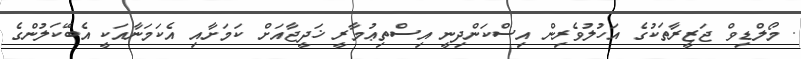
. މޯލްޑިވް ޖަޒީރާތަކުގެ އަހުލުވެރިން އިސްކަންދިނީ އިސްތިޢުމާރީ ޚަދީޖާއަށް ކަމަށާއި އެކަމަނާއަކީ އެބޭކަލުންގެ